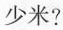
少米?